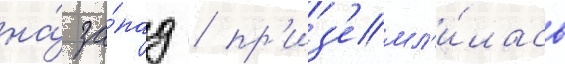
на́ за́пад / пр'из'емл'и́лась